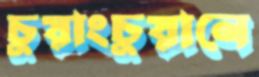
চুয়াংচুয়ানে